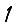
Digit: 1